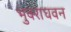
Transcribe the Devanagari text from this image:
भुवराघवन